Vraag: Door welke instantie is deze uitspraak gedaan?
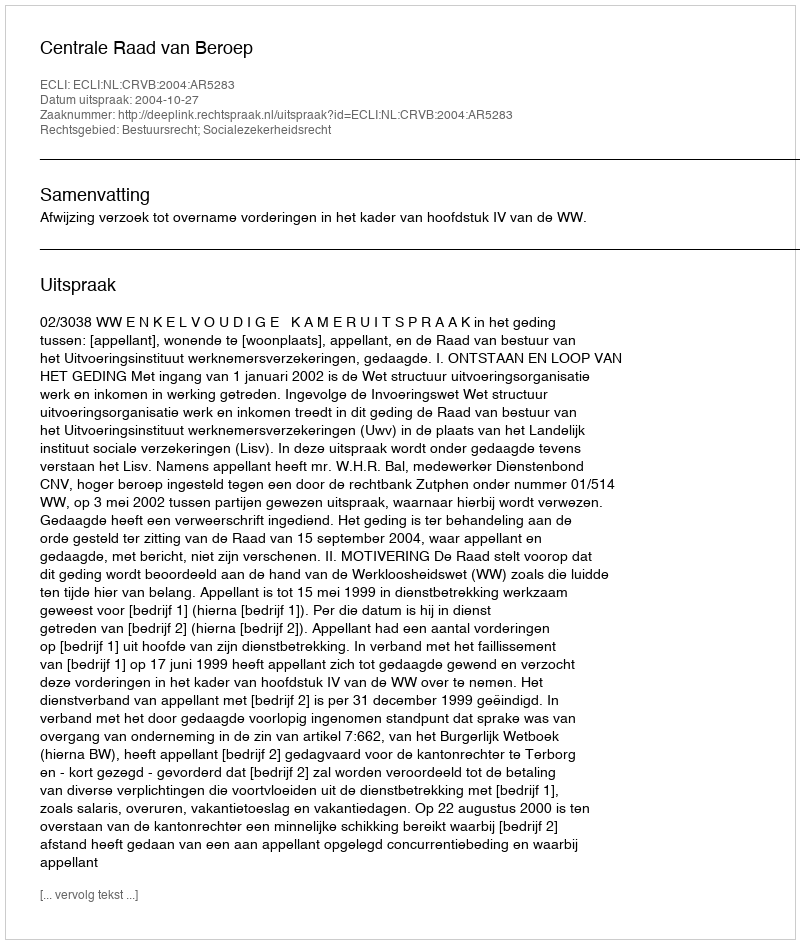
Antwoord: Centrale Raad van Beroep